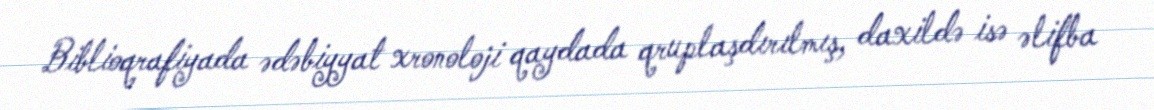
Biblioqrafiyada ədəbiyyat xronoloji qaydada qruplaşdırılmış, daxildə isə əlifba